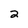
Character: 2